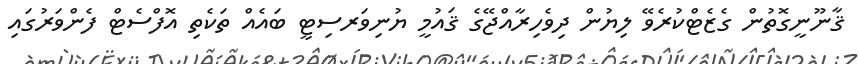
ޤާނޫނީގޮތުން ގެޒެޓްކުރެވޭ ލިޔުން ދިވެހިރާއްޖޭގެ ޤައުމީ ޔުނިވަރސިޓީ ބައެއް ތަކެތި އޮފްސެޓް ފެންވަރުގައި